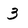
Character: 3